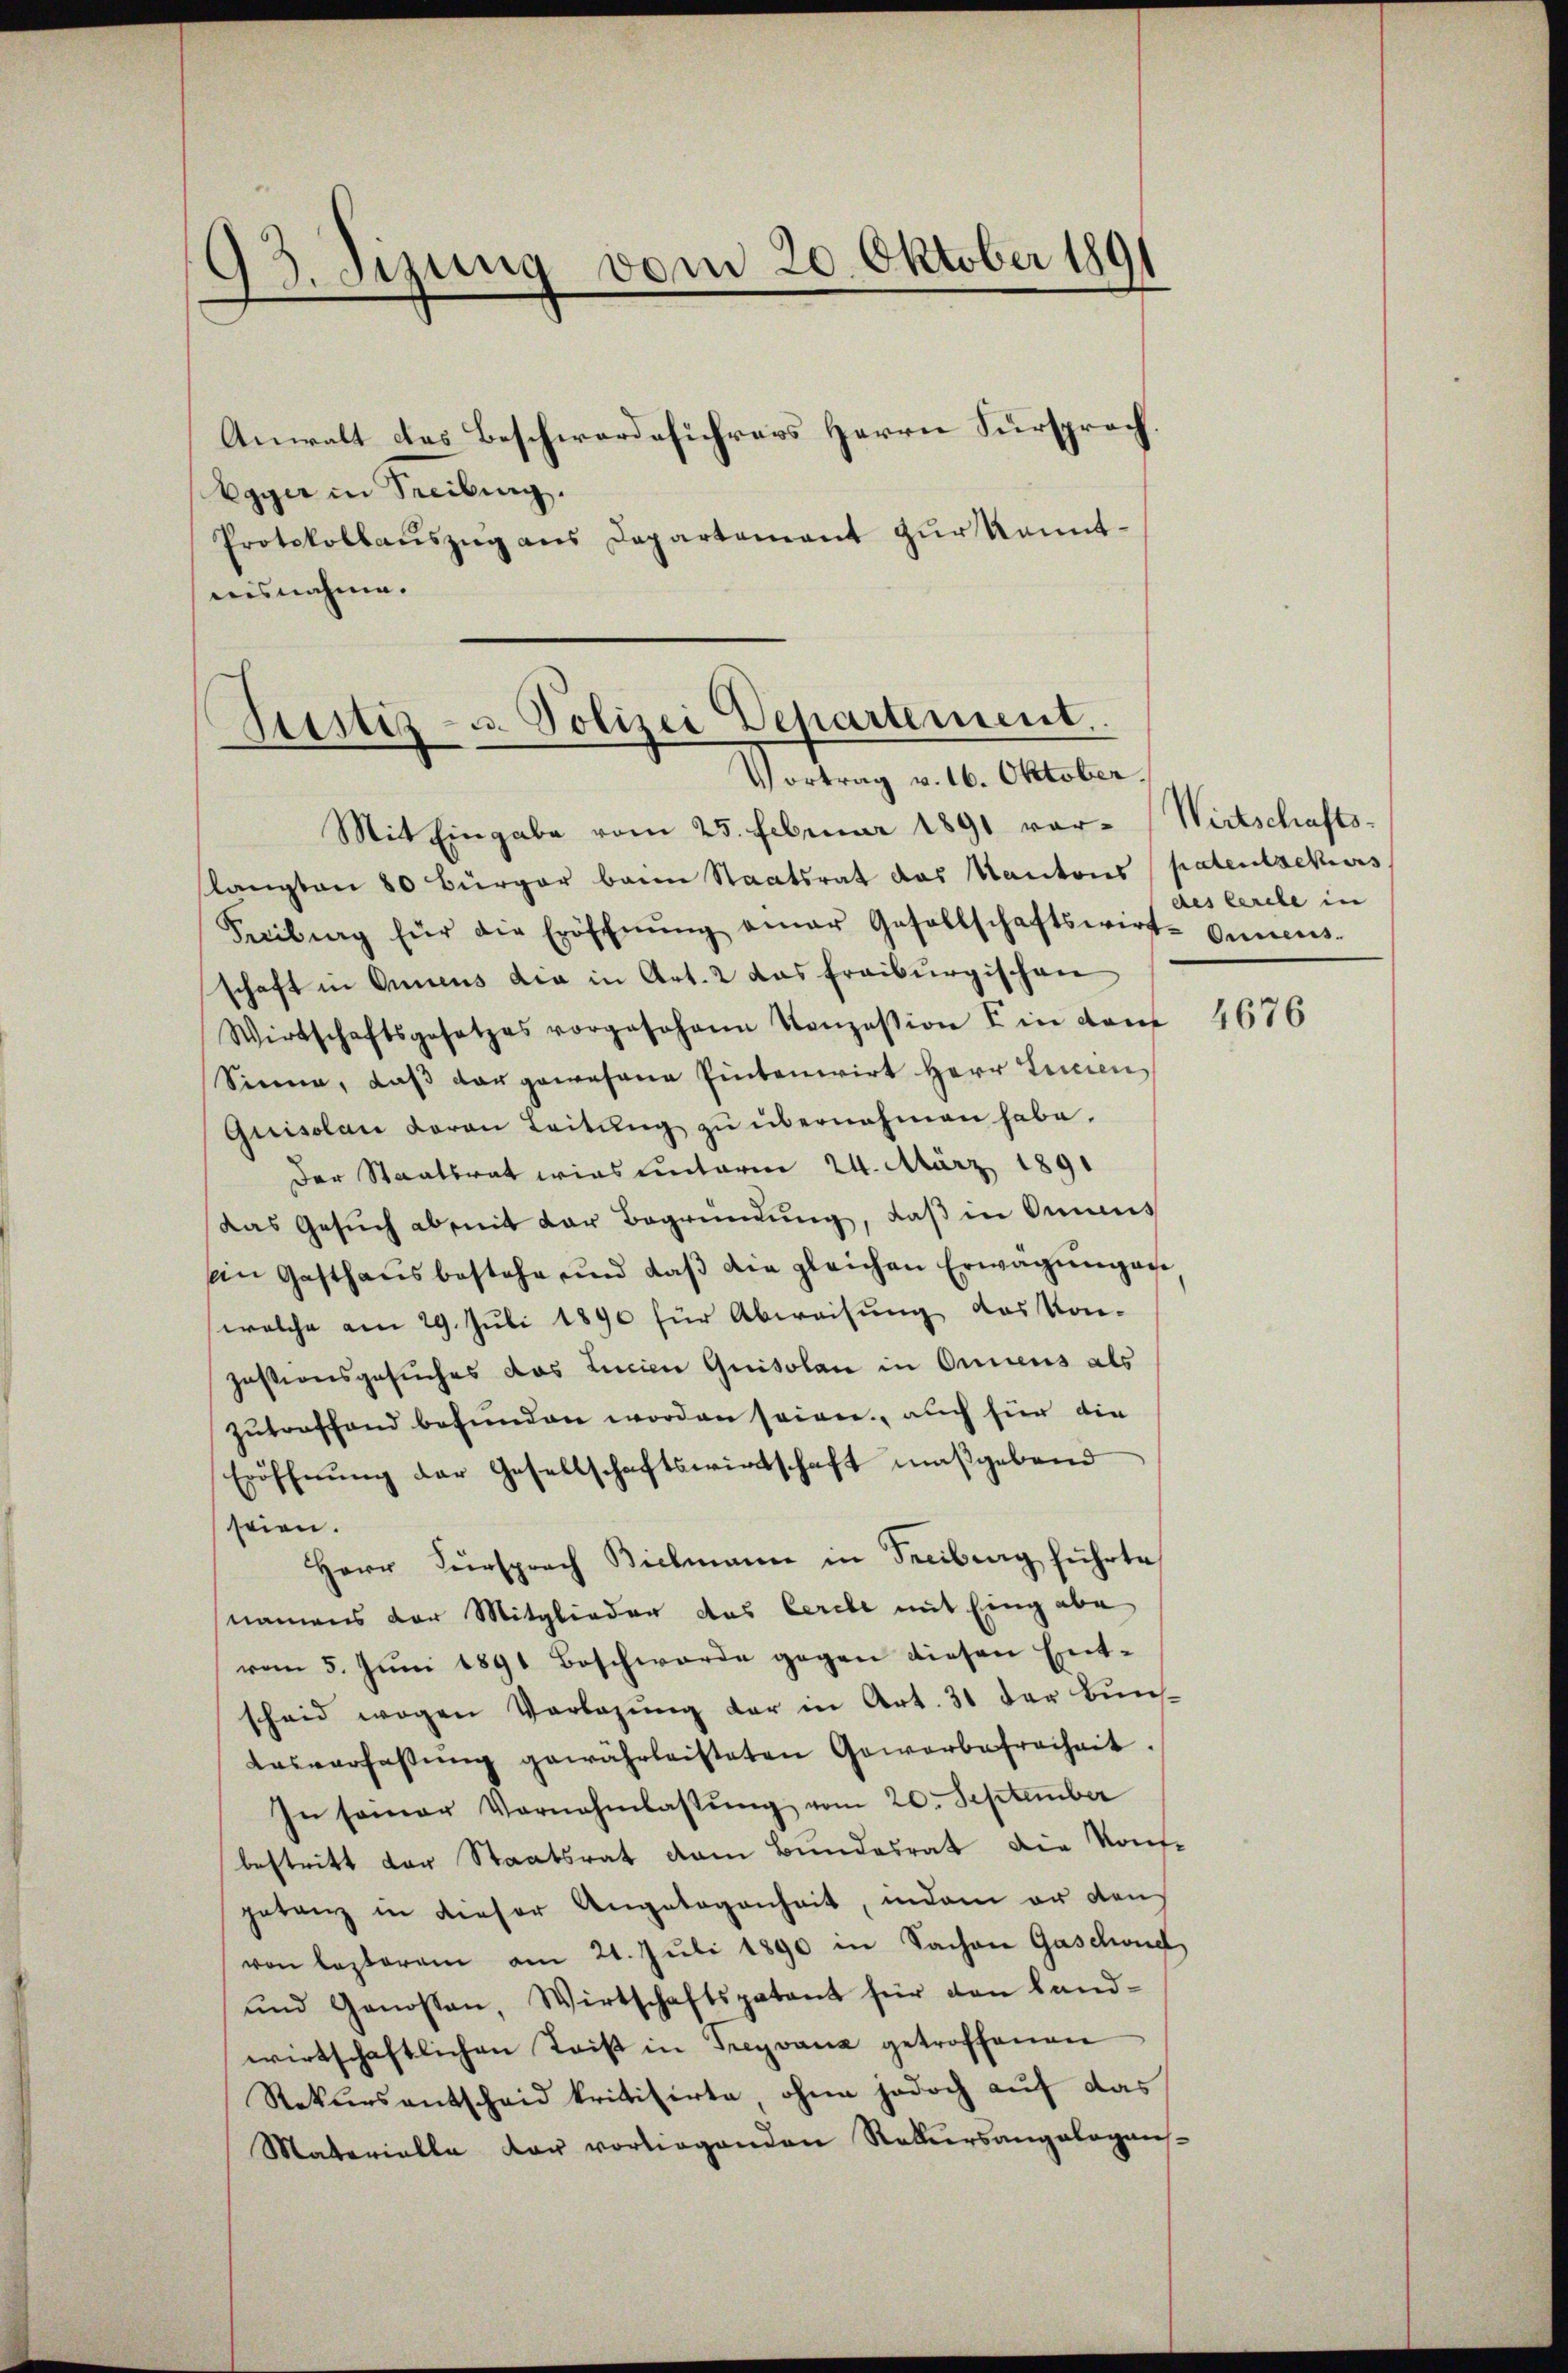
93. Sitzung vom 20. Oktober 1891

Egger in Secibung.
Protokollauszug aus Departement zur kanntausnahme.

Mit Eingabe vom 25. Februar 1891 vor- (Wirtschafts-
langten 80 Bürger beim Staatsrat das Kantons patentsekurs
Freiburg für die Eröffnŭng einer Gesellschaftswirt-Onnens-
schaft in Annens die in Art. 2 das freiburgischen
Wirtschaftsgesetzes vorgeJohann Konzession u in dan
Sinne, daß das gewesene Eintenwirt Herr Tricien
Guisolan daran Leitŭng zŭ übernahmen habe.
Der Staatsrat wies unterm 24. März 1891
Das Gesŭch abseit der Begründŭng, daβ in Omnes
ein Gasthaŭsbestehe und daβ die gleichen Erwägŭngen
welche am 29. Juli 1890 für Abweisung das Kon-
Justionsgesuches das Licien Quisolan in Onnens als
zutreffend befunden worden seien, auch für die
Eröffnung der Gesellschaftswirtschaft maßgebend
seien.
Herr Fürsprach Bielmann in Freiburg führte
namens der Mitglieder das Cerebe mit Eingabe
vom 5. Jŭni 1891 Beschwerde gegen diesen Ent-
scheid wegen Vorlegung der in Art. 31 der Bun-
Aasverfassung gewährleisteten Gewerbefreiheit
In seiner Vornahmlassŭng vom 20. September
bestritt der Staatsrat vom Bundesrat die Kon-
getanz in dieser Angelegenheit, indem er den
von lezterem am 21. Juli 1890 in Sachen Gaschond
und Genossen, Wirtschaftspatent für den Land-
wirtschaftlichen Lois in Freyvana getroffenen
Rekursentscheid kritisirte ohne jedoch auf das
Materialle der vorliegenden Rekursangalogens-

Anwalt des Beschwerdeführers Herrn Fürsprach

Zustiz- u. Polizei Departement.
Vortrag v. 16. Oktober

des Cerele in

4676